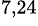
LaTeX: ^{7,24}